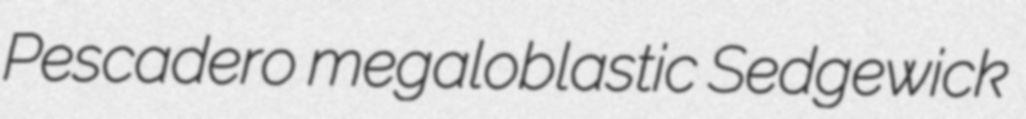
Pescadero megaloblastic Sedgewick